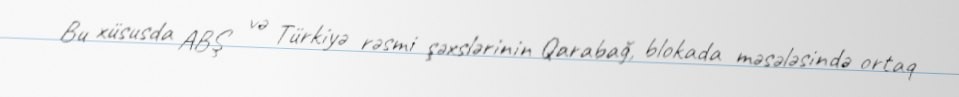
Bu xüsusda ABŞ və Türkiyə rəsmi şəxslərinin Qarabağ, blokada məsələsində ortaq